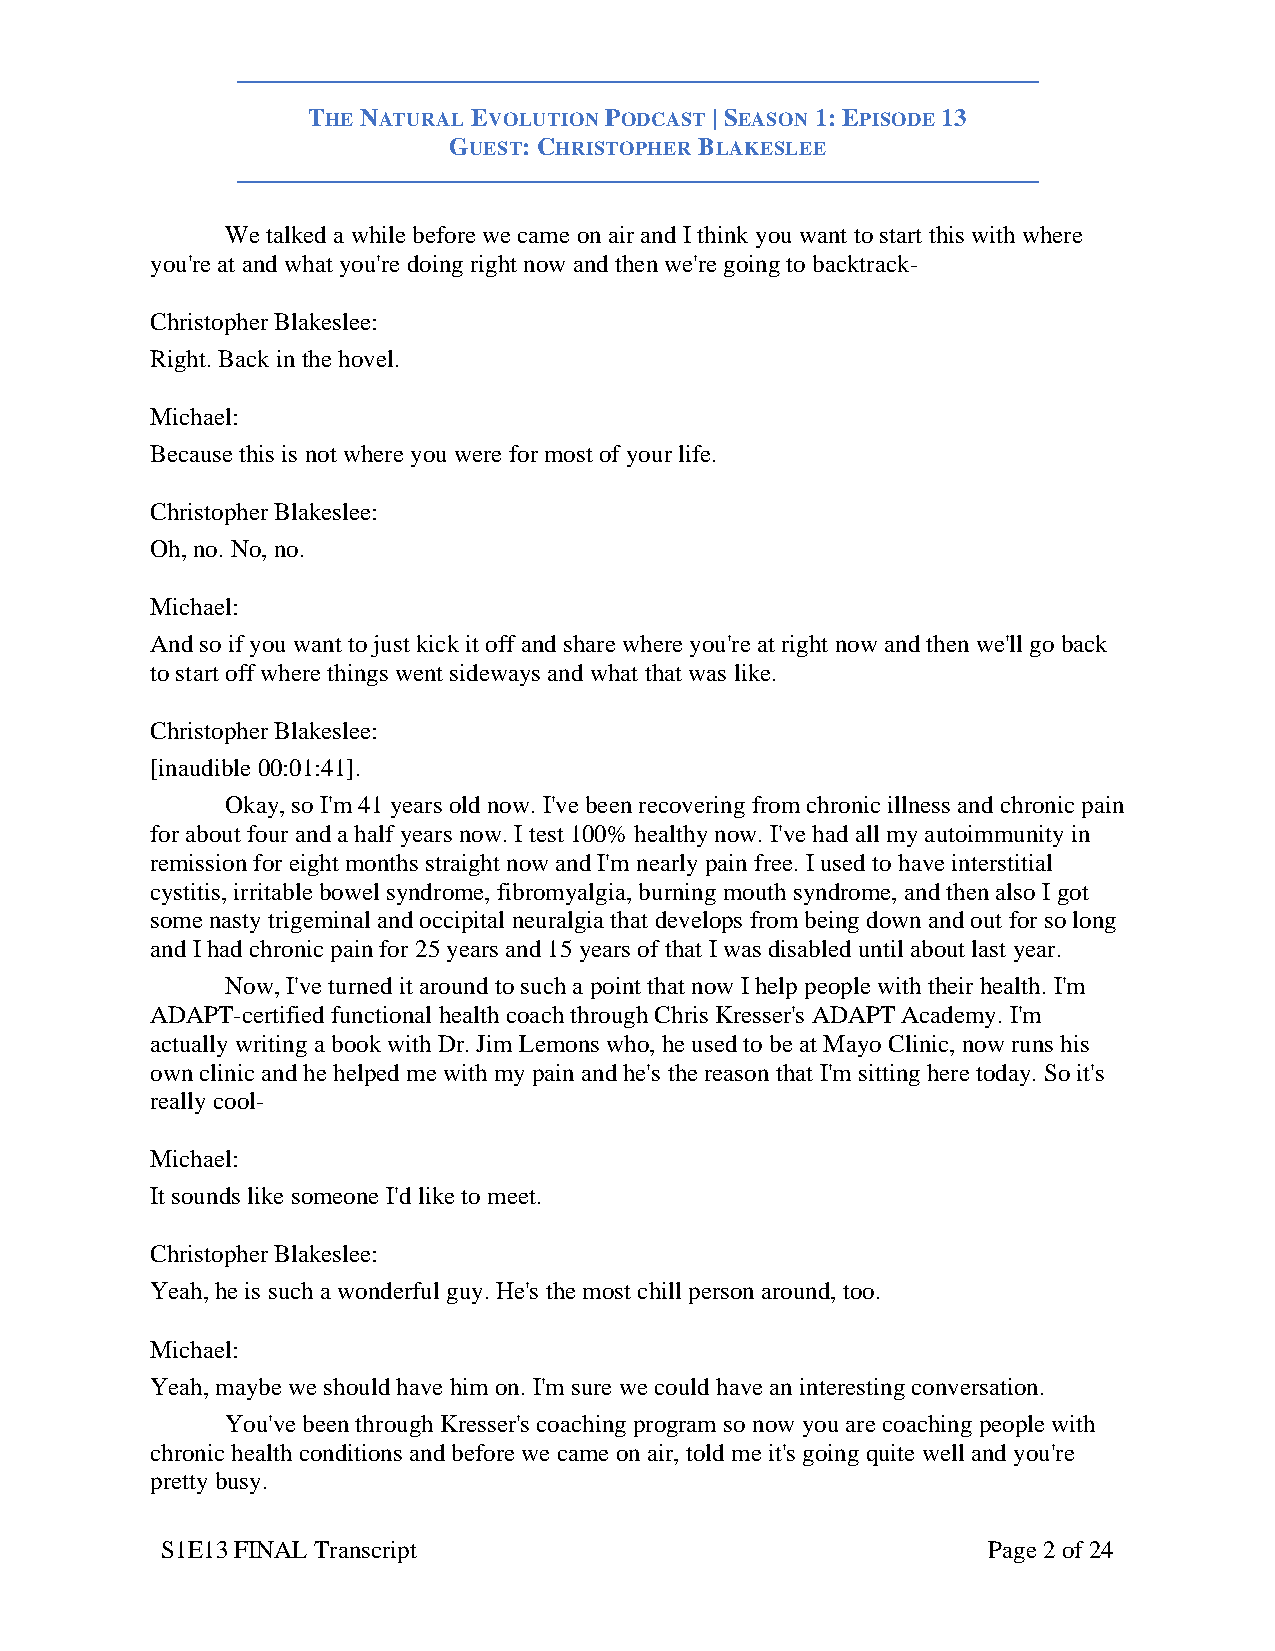
THE NATURAL EVOLUTION PODCAST | SEASON 1: EPISODE 13
 GUEST: CHRISTOPHER BLAKESLEE
 We talked a while before we came on air and I think you want to start this with where
 you're at and what you're doing right now and then we're going to backtrack-
 Christopher Blakeslee:
 Right. Back in the hovel.
 Michael:
 Because this is not where you were for most of your life.
 Christopher Blakeslee:
 Oh, no. No, no.
 Michael:
 And so if you want to just kick it off and share where you're at right now and then we'll go back
 to start off where things went sideways and what that was like.
 Christopher Blakeslee:
 [inaudible 00:01:41].
 Okay, so I'm 41 years old now. I've been recovering from chronic illness and chronic pain
 for about four and a half years now. I test 100% healthy now. I've had all my autoimmunity in
 remission for eight months straight now and I'm nearly pain free. I used to have interstitial
 cystitis, irritable bowel syndrome, fibromyalgia, burning mouth syndrome, and then also I got
 some nasty trigeminal and occipital neuralgia that develops from being down and out for so long
 and I had chronic pain for 25 years and 15 years of that I was disabled until about last year.
 Now, I've turned it around to such a point that now I help people with their health. I'm
 ADAPT-certified functional health coach through Chris Kresser's ADAPT Academy. I'm
 actually writing a book with Dr. Jim Lemons who, he used to be at Mayo Clinic, now runs his
 own clinic and he helped me with my pain and he's the reason that I'm sitting here today. So it's
 really cool-
 Michael:
 It sounds like someone I'd like to meet.
 Christopher Blakeslee:
 Yeah, he is such a wonderful guy. He's the most chill person around, too.
 Michael:
 Yeah, maybe we should have him on. I'm sure we could have an interesting conversation.
 You've been through Kresser's coaching program so now you are coaching people with
 chronic health conditions and before we came on air, told me it's going quite well and you're
 pretty busy.
 S1E13 FINAL Transcript                                Page 2 of 24